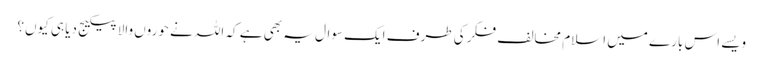
ویسے اس بارے میں اسلام مخالف فکر کی طرف ایک سوال یہ بھی ہے کہ اللہ نے حوروں والا پیکیج دیا ہی کیوں؟